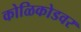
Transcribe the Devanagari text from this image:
कोळिकोडवर